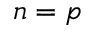
n = p